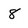
Character: 8